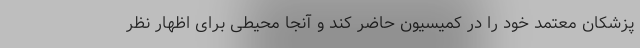
پزشکان معتمد خود را در کمیسیون حاضر کند و آنجا محیطی برای اظهار نظر